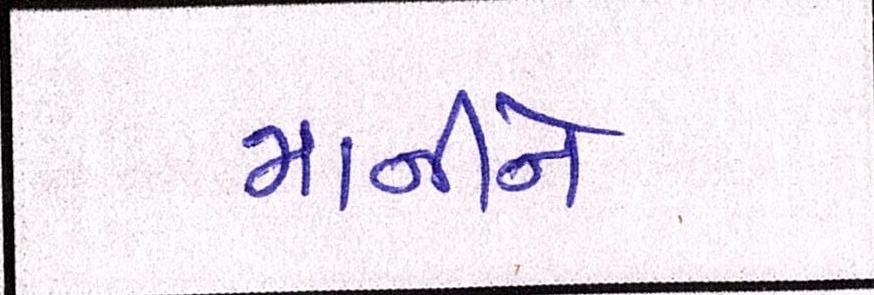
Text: માનીને